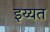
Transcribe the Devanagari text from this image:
इय्यत